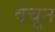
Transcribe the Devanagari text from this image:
वेचून